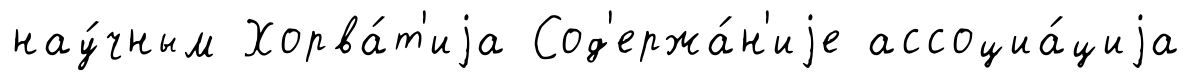
нау́чным Хорва́т'иjа Сод'ержа́н'иjе ассоциа́циjа